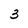
Character: 3